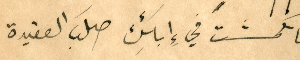
فانكمشتَ في إِبائِك صلبَ العقيدة